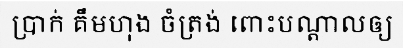
ប្រាក់ គឹមហុង ចំត្រង់ ពោះបណ្តាលឲ្យ